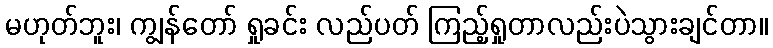
မဟုတ်ဘူး၊ ကျွန်တော် ရှုခင်း လည်ပတ် ကြည့်ရှုတာလည်းပဲသွားချင်တာ။